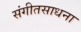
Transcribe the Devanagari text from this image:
संगीतसाधना